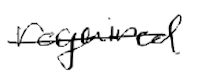
Text: required
Cross-out: single-line
Writing tool: digital_black